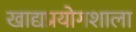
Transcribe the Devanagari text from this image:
खाद्यप्रयोगशाला